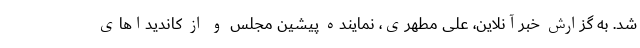
شد. به گزارش خبرآنلاین، علی مطهری، نماینده پیشین مجلس و از کاندیداهای